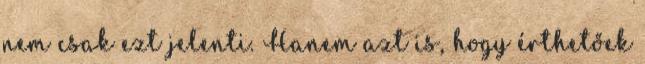
nem csak ezt jelenti. Hanem azt is, hogy érthetőek